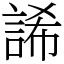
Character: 䛥